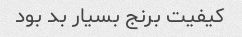
کیفیت برنج بسیار بد بود